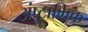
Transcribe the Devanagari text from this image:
अंष्टागिक